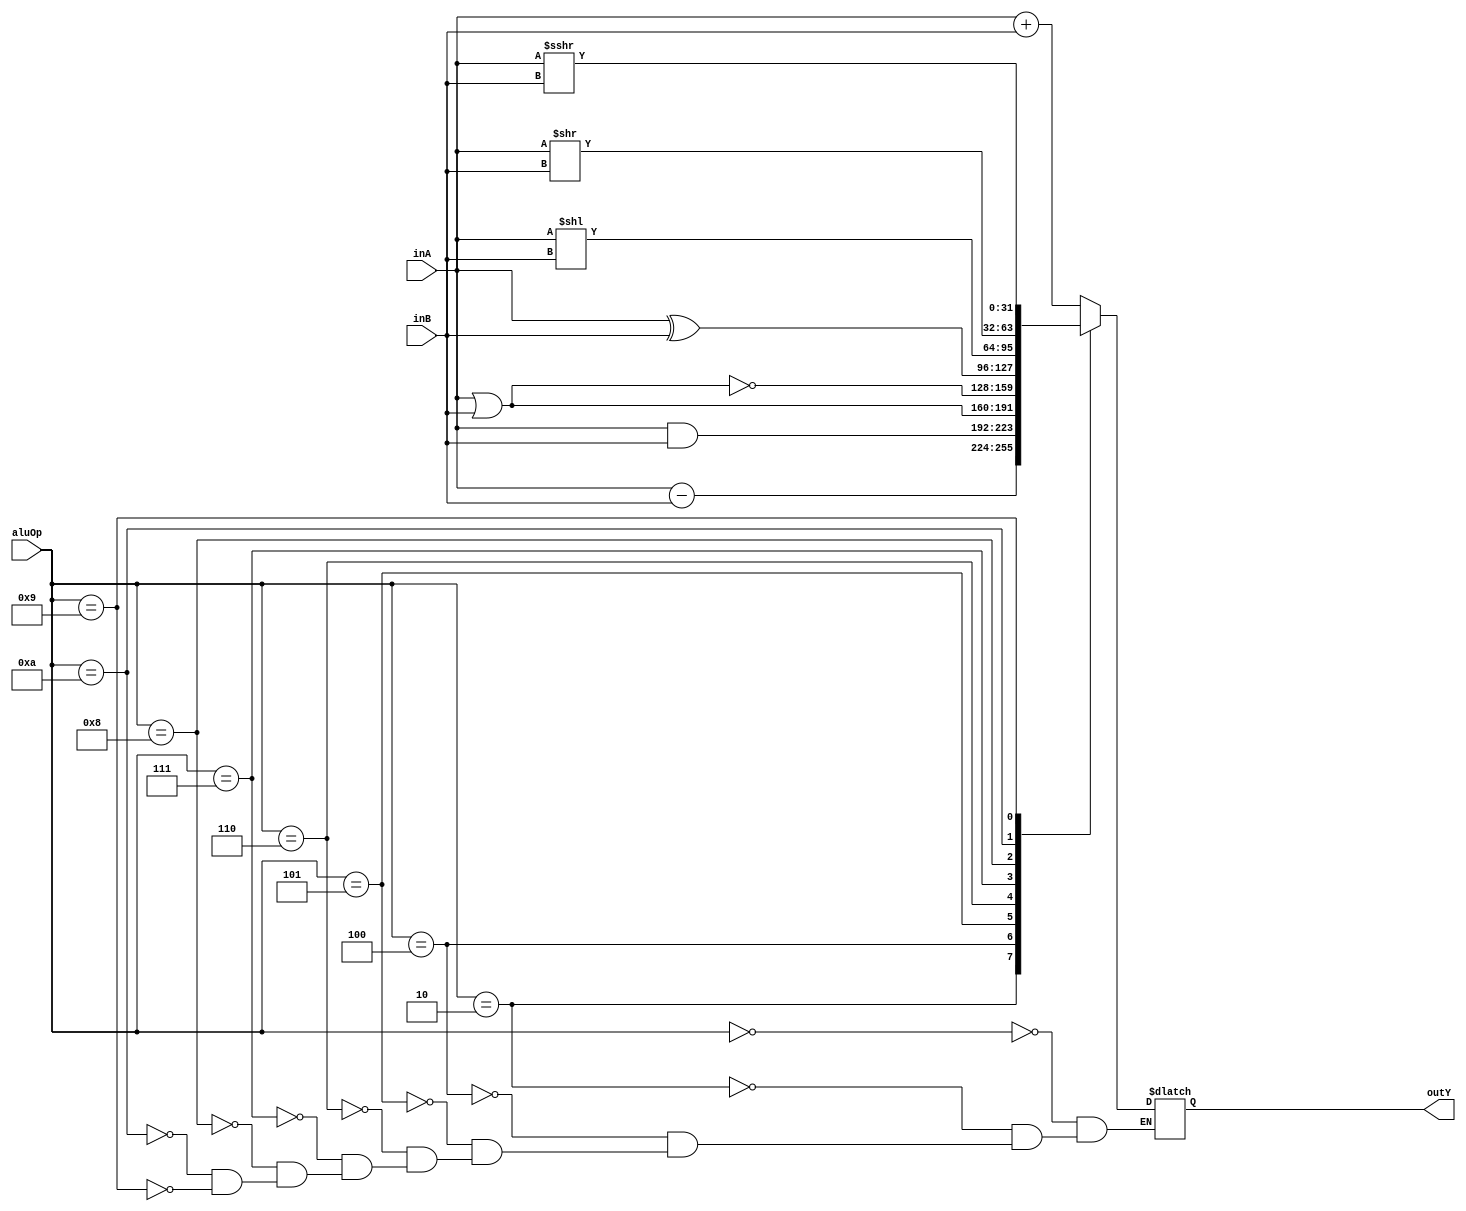
module alu(
	input[31:0] inA,
	input[31:0] inB,
	input[3:0] aluOp,
	output reg[31:0] outY);

	localparam[3:0] addOp=4'b0000, subOp=4'b0010;
	localparam[3:0] andOp=4'b0100, orOp=4'b0101, norOp=4'b0110, xorOp=4'b0111;
	localparam[3:0] shlOp=4'b1000, shrOp=4'b1010, shrAOp=4'b1001;
	always @(inA or inB or aluOp) begin
		case (aluOp) 
			addOp:begin
				outY = inA + inB;
			end 
			subOp: begin
				outY = inA - inB;
			end
			andOp: begin
				outY = inA & inB;
			end
			orOp:  begin
				outY = inA | inB;
			end
			norOp: begin
				outY = ~(inA | inB);
			end
			xorOp:  begin
				outY = inA ^ inB;
			end
			shlOp: begin
				outY = inA << inB;
			end
			shrOp: begin
				outY = inA >> inB;
			end
			shrAOp: begin
				outY = inA >>> inB;
			end
		endcase
	end

endmodule